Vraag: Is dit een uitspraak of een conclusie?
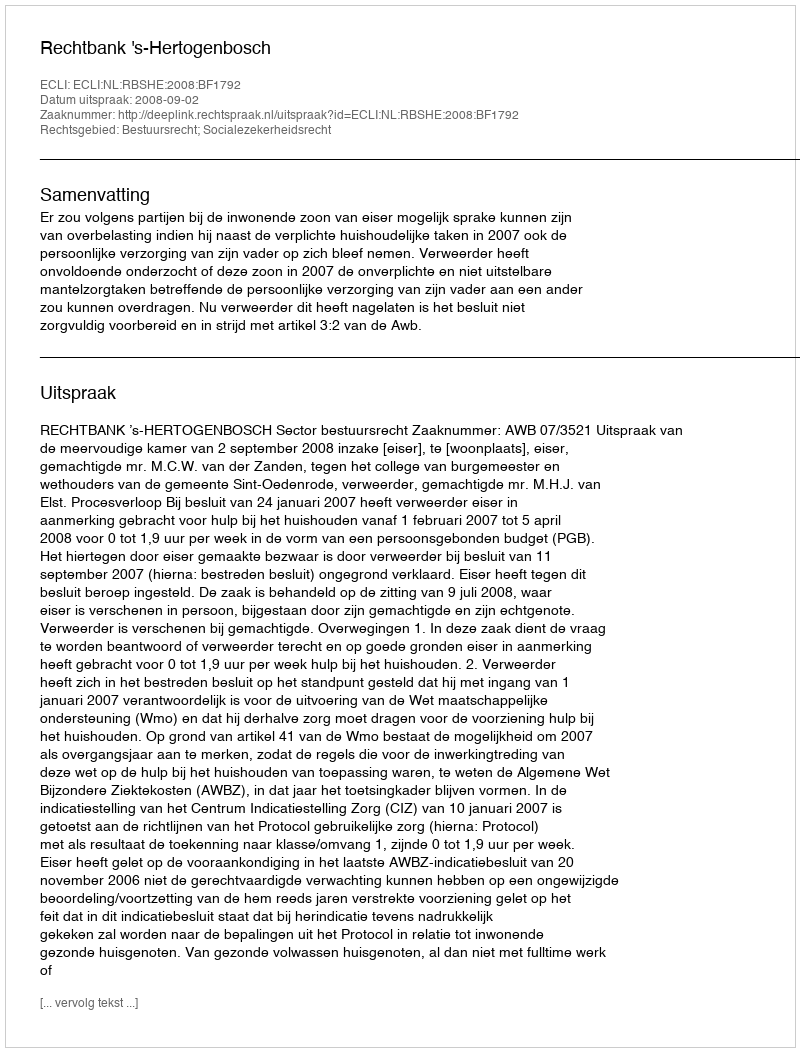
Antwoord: Uitspraak